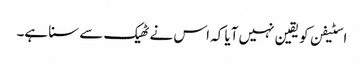
اسٹیفن کو یقین نہیں آیا کہ اس نے ٹھیک سے سنا ہے۔